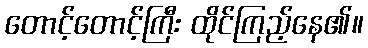
တောင့်တောင့်ကြီး ထိုင်ကြည့်နေ၏။